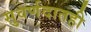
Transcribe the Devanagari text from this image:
सुवर्णदातही